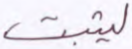
ليثبت